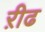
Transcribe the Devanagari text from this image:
ऱीढ